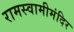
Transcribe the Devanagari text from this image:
रामस्वामीमंदिर